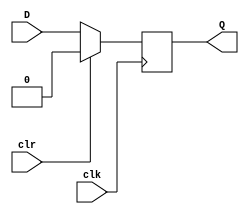
`timescale 1ns / 1ps
//////////////////////////////////////////////////////////////////////////////////
// Company: 
// Engineer: 
// 
// Design Name: 
// Module Name: Dff
// Project Name: 
// Target Devices: 
// Tool Versions: 
// Description: 
// 
// Dependencies: 
// 
// Revision:
// Revision 0.01 - File Created
// Additional Comments:
// 
//////////////////////////////////////////////////////////////////////////////////


module Dff(Q,D,clk,clr);

output reg Q;
input D,clk,clr;

always @(posedge clk) begin
    if(clr) Q<=0;
    else Q<=D;
end

endmodule